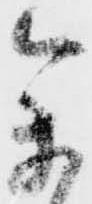
参